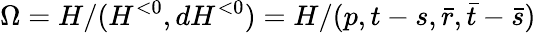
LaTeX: \Omega=H/(H^{<0},dH^{<0})=H/(p,t-s,\bar{r},\bar{t}-\bar{s})